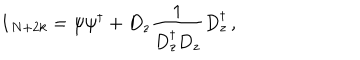
\textbf { 1 } _ { N + 2 k } = \psi \psi ^ { \dagger } + D _ { z } \frac { 1 } { D _ { z } ^ { \dagger } D _ { z } } D _ { z } ^ { \dagger } \, ,